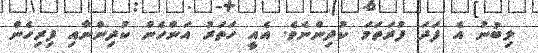
ލިބުނު އެ ފަދަ ފުރަތަމަ ކުދިންނެވެ. އެއީ ހަތަރު އަންހެން ކުދިންނާއި ފިރިހެން